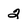
Character: 2